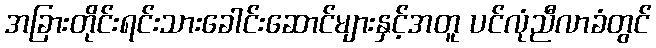
အခြားတိုင်းရင်းသားခေါင်းဆောင်များနှင့်အတူ ပင်လုံညီလာခံတွင်